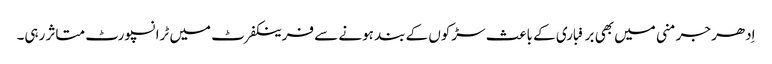
اِدھر جرمنی میں بھی برفباری کے باعث سڑکوں کے بند ہونے سے فرینکفرٹ میں ٹرانسپورٹ متاثر رہی۔